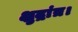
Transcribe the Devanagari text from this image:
क्षुद्रांत्र।